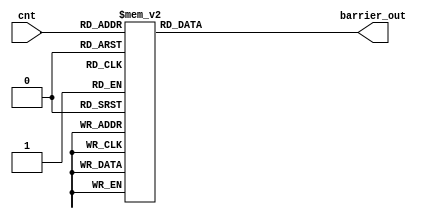
module barrier_data (
	input [7:0] cnt,
	
	output reg [2:0] barrier_out
);

always @ (*) begin
	case (cnt)
		0,1,2,3,4,5,6,7,8,9:
			barrier_out <= 3'b000;
		24,96,156,135,196,4586,1316,16656,13561,5846,156,31,65,349,13,113,519,1323,2189,6351,3613,1513:
			barrier_out <= 3'b110;
		35,99,13,416,151,6156,84,151456,123,561,156,541,31,616,115,325,1616,1565,51,1066,3226,1321,6156,515,361,333,156498,56496,1415,31165,3113,2613,4488,8998,1156,1316,684,4651,35,64,61,43,134,869,183,93,846,4614,463,123,66,464898,4654,1653,1468,46,146,311,638,719,813,5113,446,94,464,54614,98,121,368,461,3615,49,56,613,7564,961,1583,933,413,391,411,6115,113,987,156,9113,774,748,491,1345,3648,871:
			barrier_out <= 3'b010;
		118,928,436,411,561,32,61,612,121,321,133,815,5661,95,561,6132,273,312,561,498,79,444,918,268,614,4011,1126,163,1635,50980,194,319,10484,159,1662,1015,406,480,29,601,80,1156,2104,485,350,486,3690,1406,8060,1305,1056,151,102,16,266,321,610,151,32312,630,36,13,10,5610,9010,305,156,1568,801,46,706,71,681,756:
			barrier_out <= 3'b100;
		12,563,35,665,784,81,87,44,9646,555,54546,113,66,849,471,123,346,16,48,146,511,654,658,131,464,649,414196,879,478,641,99,41,49,14,1916,46,849,481,63105,196,561,4806,561,3058,620,90,06,610,641,676,689,498,96:
			barrier_out <= 3'b001;
		60:
			barrier_out <= 3'b011;
		24:
			barrier_out <= 3'b101;

		default:
			barrier_out <= 3'b000;
	endcase
end

endmodule